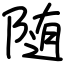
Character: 随